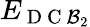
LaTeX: E_{\mathrm{~D~C~}\mathcal{B}_{2}}